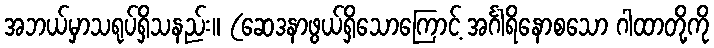
အဘယ်မှာသရုပ်ရှိသနည်း။ (ဆေဒနာဖွယ်ရှိသောကြောင့် အင်္ဂါရိနောစသော ဂါထာတို့ကို